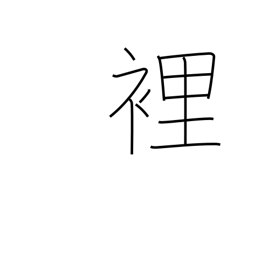
Meaning: palm